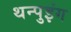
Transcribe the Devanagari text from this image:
थन्पुइंग